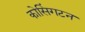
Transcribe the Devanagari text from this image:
कोसिंगटन